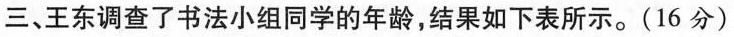
三、王东调查了书法小组同学的年龄，结果如下表所示